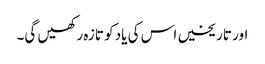
اور تاریخیں اس کی یاد کو تازہ رکھیں گی۔